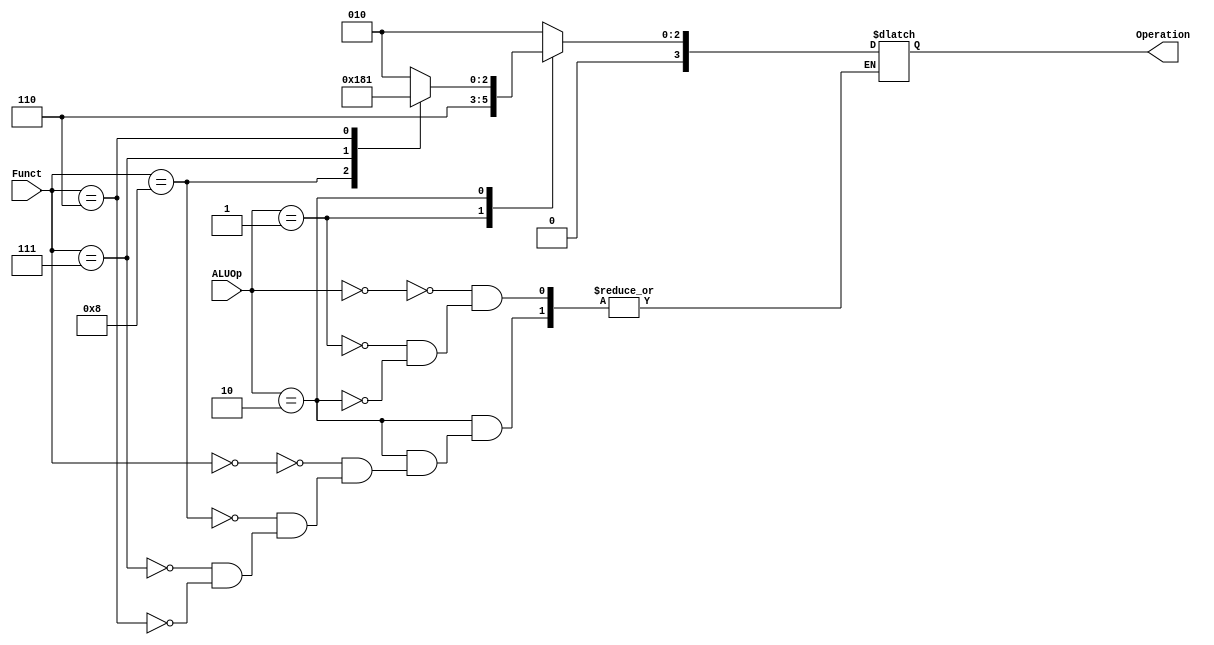
`timescale 1ns / 1ps
//////////////////////////////////////////////////////////////////////////////////
// Company: 
// Engineer: 
// 
// Design Name: 
// Module Name: alu_cu
// Project Name: 
// Target Devices: 
// Tool Versions: 
// Description: 
// 
// Dependencies: 
// 
// Revision:
// Revision 0.01 - File Created
// Additional Comments:
// 
//////////////////////////////////////////////////////////////////////////////////

`timescale 1ns / 1ps


module alu_cu
(
input [1:0] ALUOp,
input [3:0] Funct,
output reg [3:0] Operation
);
always @ (ALUOp or Funct)
begin
case(ALUOp)
2'b00: Operation = 4'b0010;
2'b01: Operation = 4'b0110;
2'b10:
begin
case(Funct)
4'b0000: Operation = 4'b0010;
4'b1000: Operation = 4'b0110;
4'b0111: Operation = 4'b0000;
4'b0110: Operation = 4'b0001;
endcase
end
endcase
end
endmodule